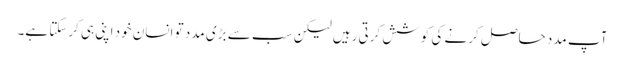
آپ مدد حاصل کرنے کی کوشش کرتی رہیں لیکن سب سے بڑی مدد تو انسان خود اپنی ہی کرسکتا ہے۔